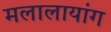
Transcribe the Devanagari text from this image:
मलालायांग